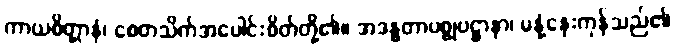
ကာယစိတ္တာနံ၊ စေတသိက်အပေါင်းစိတ်တို့၏။ အဒန္ဓတာပစ္စုပဋ္ဌာနာ၊ မနုံ့နှေးကုန်သည်၏